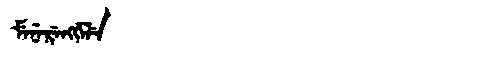
Manchu: ᠮᡝᠨᡝᡵᡝᠩᡤᡝᠯᡝ
Romanization: MENERENGGELE